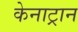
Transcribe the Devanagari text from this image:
केनाट्रान